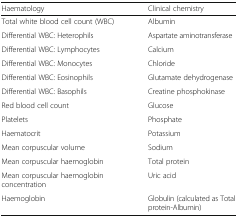
<table><thead><tr><td><b>Haematology</b></td><td><b>Clinical chemistry</b></td></tr></thead><tbody><tr><td>Total white blood cell count (WBC)</td><td>Albumin</td></tr><tr><td>Differential WBC: Heterophils</td><td>Aspartate aminotransferase</td></tr><tr><td>Differential WBC: Lymphocytes</td><td>Calcium</td></tr><tr><td>Differential WBC: Monocytes</td><td>Chloride</td></tr><tr><td>Differential WBC: Eosinophils</td><td>Glutamate dehydrogenase</td></tr><tr><td>Differential WBC: Basophils</td><td>Creatine phosphokinase</td></tr><tr><td>Red blood cell count</td><td>Glucose</td></tr><tr><td>Platelets</td><td>Phosphate</td></tr><tr><td>Haematocrit</td><td>Potassium</td></tr><tr><td>Mean corpuscular volume</td><td>Sodium</td></tr><tr><td>Mean corpuscular haemoglobin</td><td>Total protein</td></tr><tr><td>Mean corpuscular haemoglobin concentration</td><td>Uric acid</td></tr><tr><td>Haemoglobin</td><td>Globulin (calculated as Total protein-Albumin)</td></tr></tbody></table>